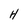
Character: H